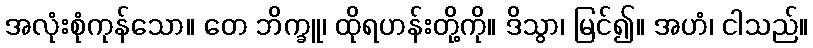
အလုံးစုံကုန်သော။ တေ ဘိက္ခူ၊ ထိုရဟန်းတို့ကို။ ဒိသွာ၊ မြင်၍။ အဟံ၊ ငါသည်။